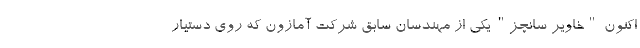
اکنون "خاویر سانچز" یکی از مهندسان سابق شرکت آمازون که روی دستیار